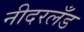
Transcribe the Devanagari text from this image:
नीदरलँड